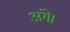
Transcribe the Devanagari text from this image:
अंगे।